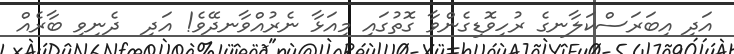
އަދި އިބަރަސްކަލާނގެ ރުހިވޮޑިގެންވާ ގޮތުގައި މިއަޅާ ނެރުއްވާނދޭވެ! އަދި  ދެނިވި ބާރެއް